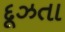
દૂઝતા